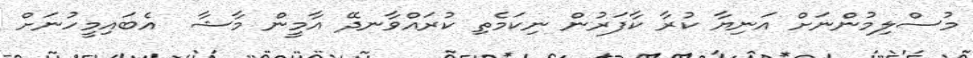
މުސްލިމުންނަށް އަނިޔާ ކުރާ ކާފަރުން ނިކަމެތި ކުރައްވާނދޭ އާމީން މާޝާ  އެބައިމީހުނަށް